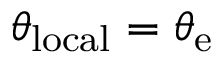
\theta _ { \mathrm { { l o c a l } } } = \theta _ { \mathrm { { e } } }